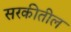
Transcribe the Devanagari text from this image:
सरकीतील